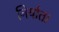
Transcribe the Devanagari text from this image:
निर्यात।